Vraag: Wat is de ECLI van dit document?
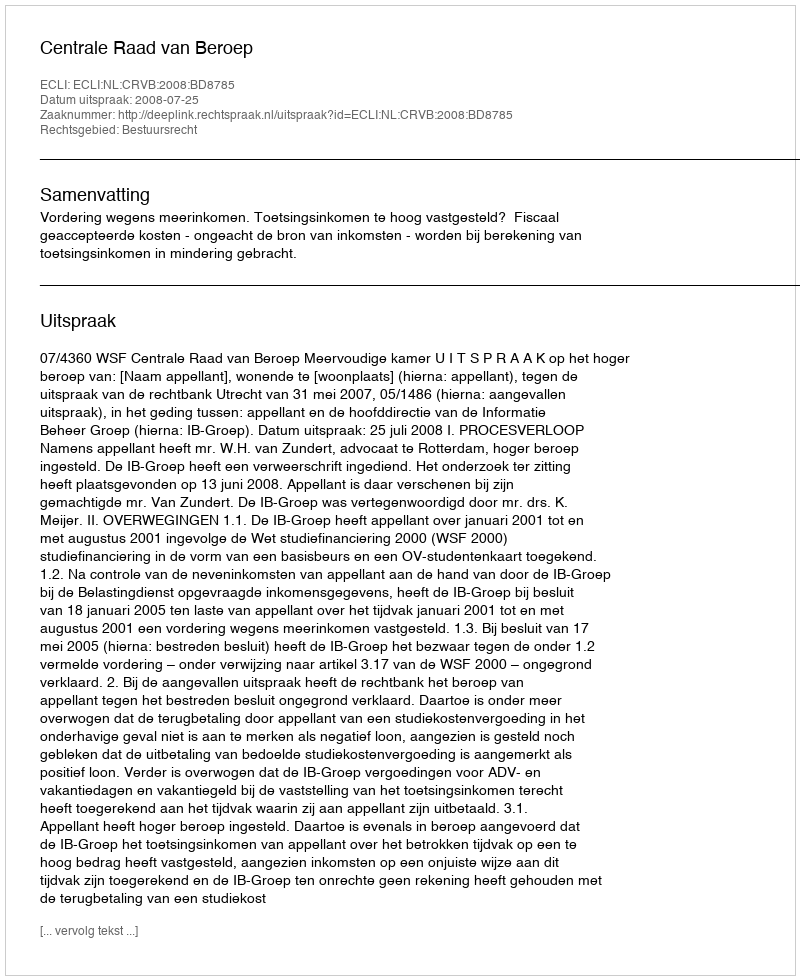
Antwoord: ECLI:NL:CRVB:2008:BD8785